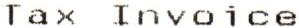
TAX INVOICE